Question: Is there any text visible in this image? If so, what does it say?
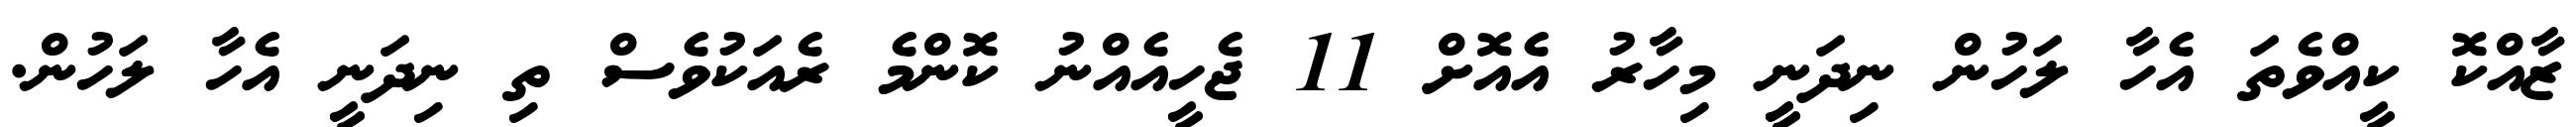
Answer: ޒާއްކޮ ކީއްވެތަ އެހާ ލަހުން ނިދަނީ މިހާރު އެއޮށް 11 ޖެހީއެއްނު ކޮންމެ ރެއަކުވެސް ތި ނިދަނީ އެހާ ލަހުން.